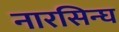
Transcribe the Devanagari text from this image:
नारसिन्घ